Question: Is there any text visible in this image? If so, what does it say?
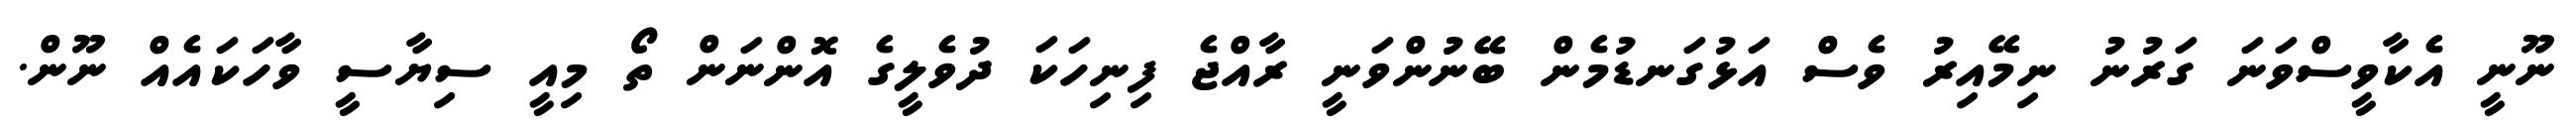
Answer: ނޫނީ އެކާވީސްވަނަ ގަރުނު ނިމޭއިރު ވެސް އަޅުގަނޑުމެން ބޭނުންވަނީ ރާއްޖެ ފިނިހަކަ ދުވެލީގެ އޮންނަން ތޯ މިއީ ސިޔާސީ ވާހަކައެއް ނޫން.